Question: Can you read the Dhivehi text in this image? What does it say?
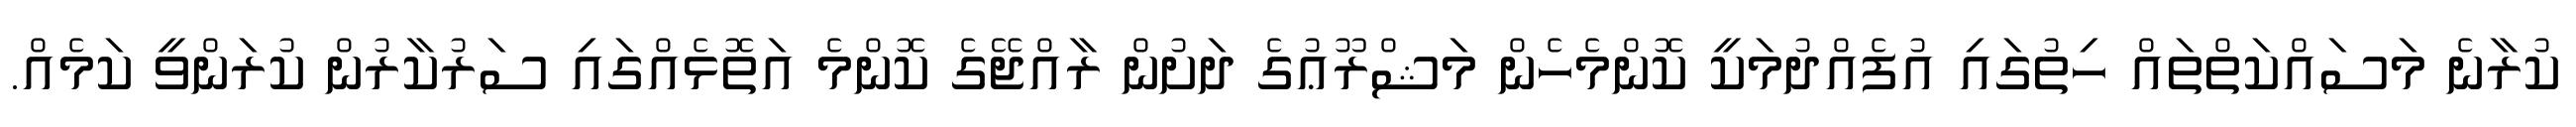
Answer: ކުރާނެ މަސައްކަތްތައް ހިތުގައި އުފެއްދުމަކީ ކޮންމެހެން މަޝްރޫޢުގެ ދަށުން ރާއްޖޭގެ ކޮންމެ އަތޮޅެއްގައި ސަރުކާރުން ކުރަންވީ ކަމެއް.